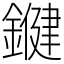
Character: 𨫡